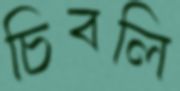
চিবলি